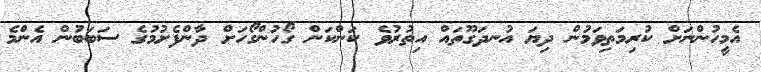
އެމީހުންނަށް ކުރިމަތިވަމުން ދިޔަ އުނދަގޫތައް އިތުރުވެ ކަންކަން ގޯހުންގޯހަށް ދާންފެށުމުގެ ސަބަބުން އެންމެ